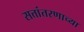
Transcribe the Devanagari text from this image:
सत्तांतरणाच्या